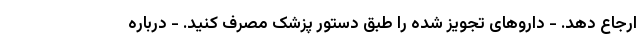
ارجاع دهد. - داروهای تجویز شده را طبق دستور پزشک مصرف کنید. - درباره